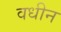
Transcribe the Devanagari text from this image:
वधीन